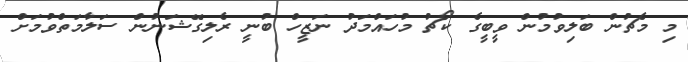
މި މެޗުން ބަލިވުމުން ވީބީގެ ކޯޗު މުހައްމަދު ނަޒީހް ބުނީ ރެލިގޭޝަނުން ސަލާމަތްވުމަށް